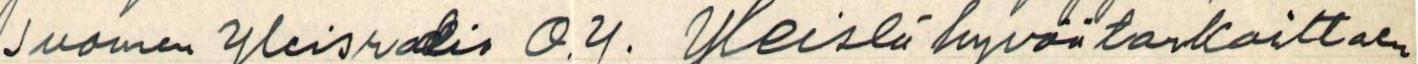
Suomen Yleisradio O.Y. yleistä hyvää tarkoittaen